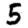
Digit: 5